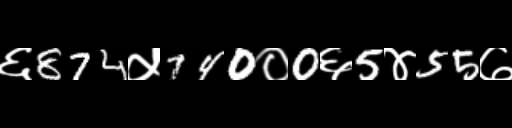
Text: ६874५740०0६5४55७